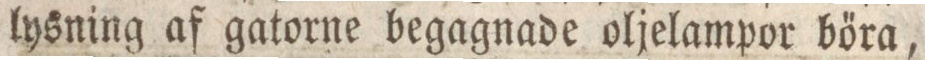
lysning af gatorne begagnade oljelampor bőra,